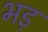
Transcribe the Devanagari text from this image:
भड़